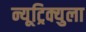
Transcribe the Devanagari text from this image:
न्यूट्रिक्युला